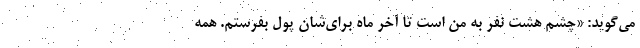
می‌گوید: «چشم هشت نفر به من است تا آخر ماه برای‌شان پول بفرستم. همه